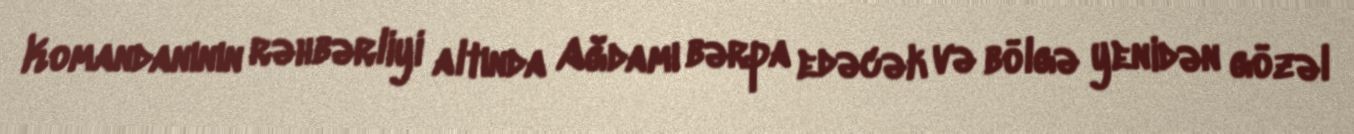
Komandanının rəhbərliyi altında Ağdamı bərpa edəcək və bölgə yenidən gözəl